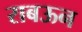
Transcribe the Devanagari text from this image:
राबऊन